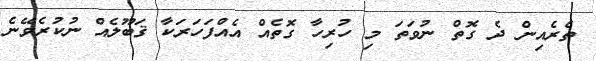
ތެރެއިން ދެ ގޮތް ނުވަތަ މި ހުރިހާ ގޮތެއް އެއްފަހަރަކާ ޤަބޫލެއް ނުކުރެވޭނެ